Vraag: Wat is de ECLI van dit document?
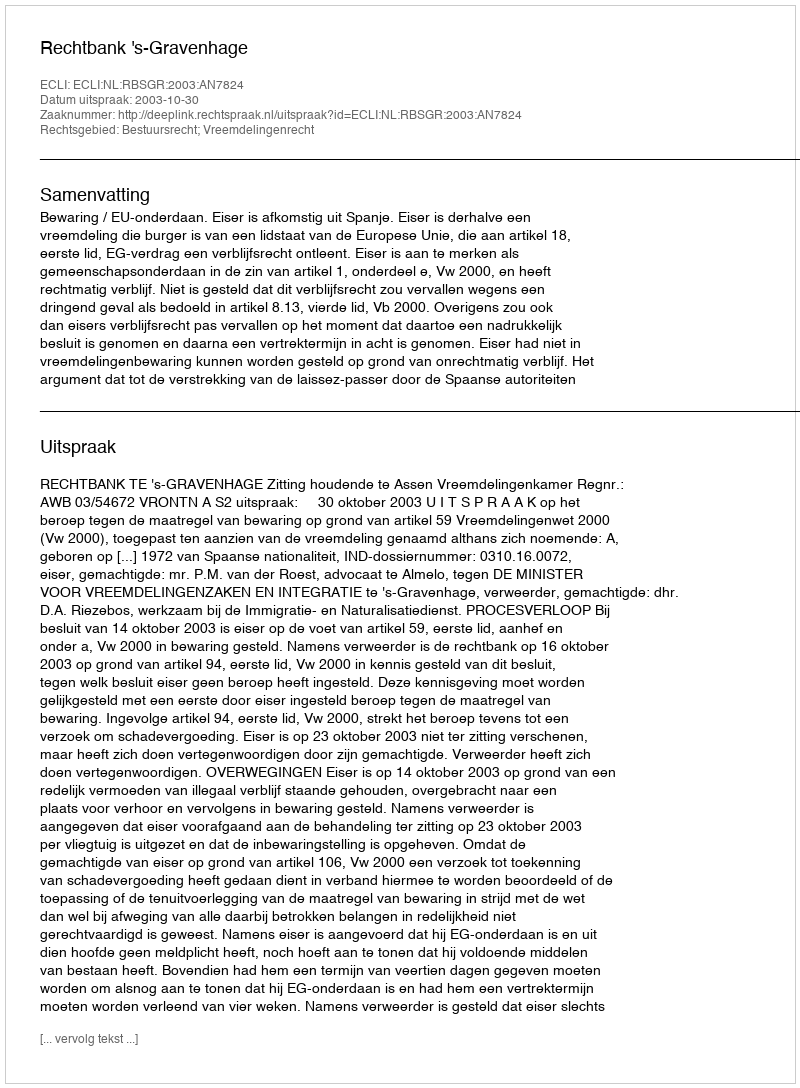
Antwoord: ECLI:NL:RBSGR:2003:AN7824